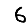
Digit: 6